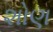
શોણ